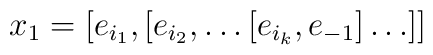
x_1 = [e_{i_1},[e_{i_2},\ldots[e_{i_k},e_{-1}]\ldots]]